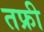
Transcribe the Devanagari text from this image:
तफ्री